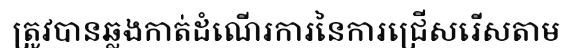
ត្រូវបានឆ្លងកាត់ដំណើរការនៃការជ្រើសរើសតាម